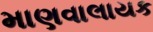
માણવાલાયક